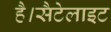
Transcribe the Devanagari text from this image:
है।सैटेलाइट